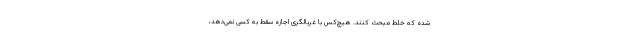
شده که خلط مبحث کنند. هیچ‌کس با غربالگری اجازه سقط به کسی نمی‌دهد،